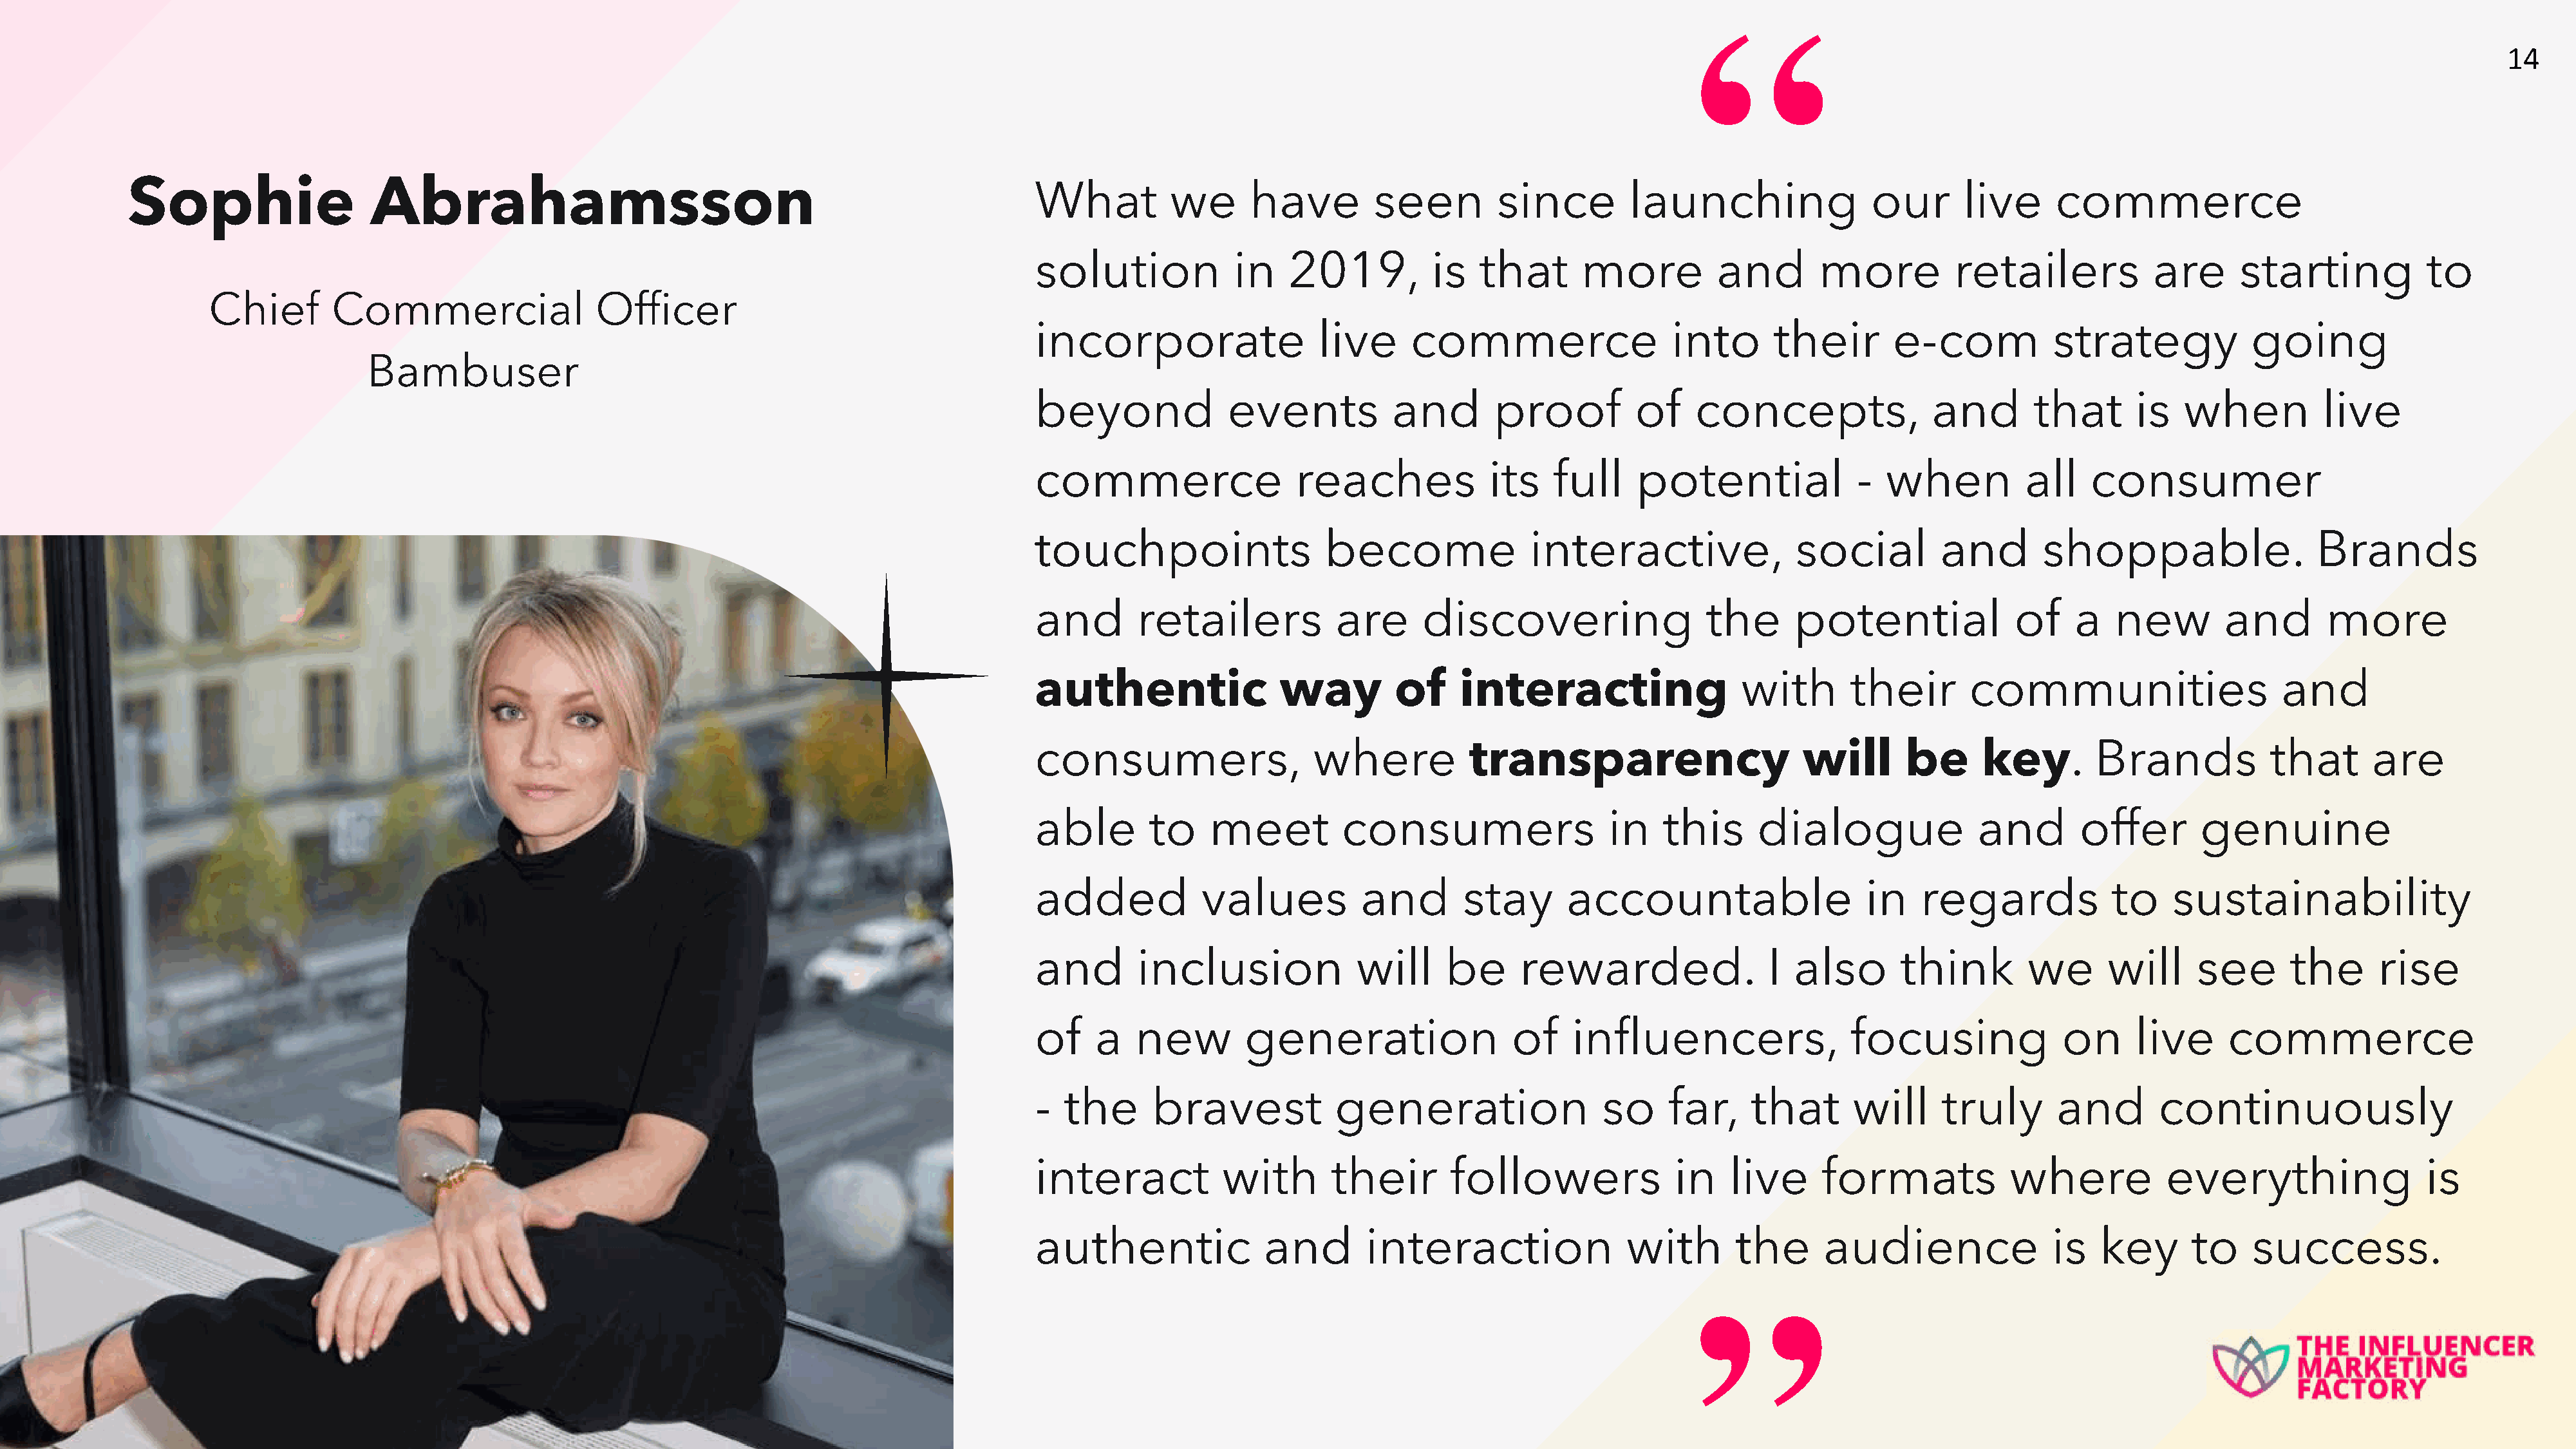
“
 14
 Sophie                   Abrahamsson                                                         What          we      have         seen         since        launching                our       live     commerce
 solution             in   2019,          is   that       more         and        more          retailers           are      starting           to
 Chief        Commercial                 Officer
 incorporate                   live     commerce                   into      their        e-com           strategy            going
 Bambuser
 beyond              events           and        proof         of    concepts,                and       that       is  when           live
 commerce                   reaches             its    full    potential              -  when          all    consumer
 touchpoints                   become               interactive,                social        and        shoppable.                  Brands
 and        retailers           are      discovering                  the      potential              of    a   new         and       more
 authentic                 way        of     interacting                  with       their       communities                      and
 consumers,                   where           transparency                      will       be      key.       Brands            that       are
 able        to    meet          consumers                  in    this      dialogue              and        offer       genuine
 added            values           and       stay       accountable                    in   regards             to    sustainability
 and        inclusion             will      be     rewarded.                 I also       think        we       will     see      the      rise
 of     a   new        generation                 of     influencers,                focusing              on      live     commerce
 -  the      bravest            generation                  so     far,    that      will      truly      and        continuously
 interact            with       their       followers              in    live     formats             where           everything                is
 authentic               and       interaction                with       the      audience                is   key      to    success.
 ”